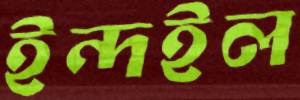
ইন্দইল